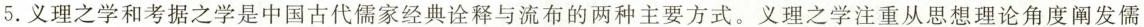
5.义理之学和考据之学是中国古代儒家经典诠释与流布的两种主要方式。义理之学注重从思想理论角度阐发儒学。